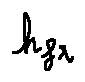
h _ { f r }